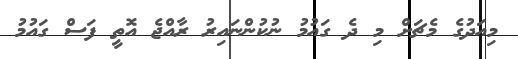
މިއަދުގެ މެޗަށް މި ދެ ގައުމު ނުކުންނައިރު ރާއްޖެ އޮތީ ފަސް ގައުމު